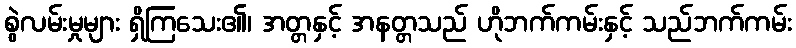
စွဲလမ်းမှုများ ရှိကြသေး၏၊ အတ္တနှင့် အနတ္တသည် ဟိုဘက်ကမ်းနှင့် သည်ဘက်ကမ်း